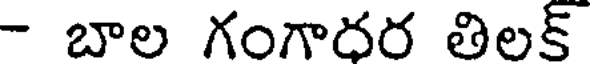
- బాల గంగాదర తిలక్